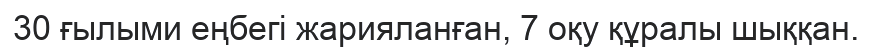
30 ғылыми еңбегі жарияланған, 7 оқу құралы шыққан.